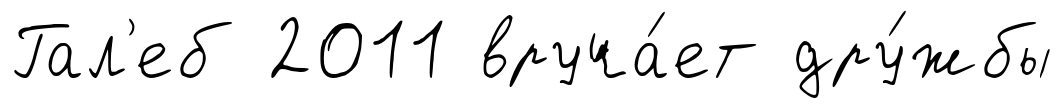
Гал'еб 2011 вруча́ет дру́жбы